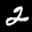
Label: 2